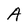
Character: A